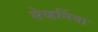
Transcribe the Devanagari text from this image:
सेव्हर्निया